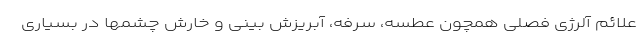
علائم آلرژی فصلی همچون عطسه، سرفه، آبریزش بینی و خارش چشمها در بسیاری